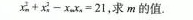
$$x _ { m } ^ { 2 } + x _ { n } ^ { 2 } - x _ { m } x _ { n } = 2 1$$，求m的值.